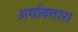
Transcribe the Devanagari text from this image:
अर्यावतार।